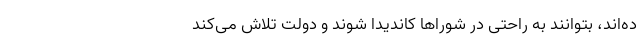
ده‌اند، بتوانند به راحتی در شوراها کاندیدا شوند و دولت تلاش می‌کند